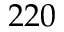
2 2 0